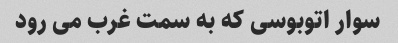
سوار اتوبوسی که به سمت غرب می رود